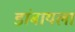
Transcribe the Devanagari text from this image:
डांबायला